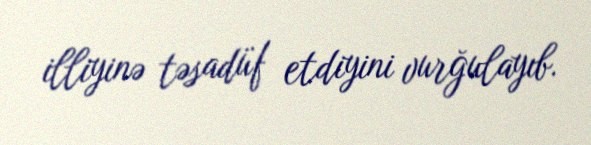
illiyinə təsadüf etdiyini vurğulayıb.